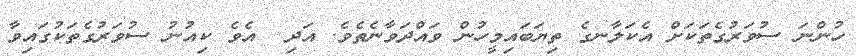
ހުންނަ ސުވަރުގެތަކަށް އެކަލާނގެ ތިޔަބައިމީހުން ވައްދަވާނެތެވެ. އަދި  އެވެ ކިއުނު ސުވަރުގެތަކުގައިވާ